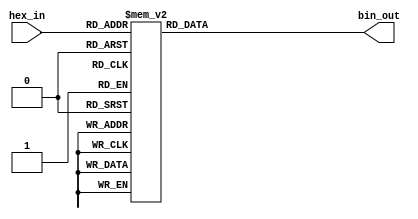
module hex_to_bin_encoder (
    input  wire [3:0] hex_in, // 4-bit input for hexadecimal digit
    output reg  [3:0] bin_out  // 4-bit output for binary equivalent
);

// Combinational logic to convert hex_in to bin_out
always @(*) begin
    case (hex_in)
        4'b0000: bin_out = 4'b0000; // Hex 0  Bin 0
        4'b0001: bin_out = 4'b0001; // Hex 1  Bin 1
        4'b0010: bin_out = 4'b0010; // Hex 2  Bin 2
        4'b0011: bin_out = 4'b0011; // Hex 3  Bin 3
        4'b0100: bin_out = 4'b0100; // Hex 4  Bin 4
        4'b0101: bin_out = 4'b0101; // Hex 5  Bin 5
        4'b0110: bin_out = 4'b0110; // Hex 6  Bin 6
        4'b0111: bin_out = 4'b0111; // Hex 7  Bin 7
        4'b1000: bin_out = 4'b1000; // Hex 8  Bin 8
        4'b1001: bin_out = 4'b1001; // Hex 9  Bin 9
        4'b1010: bin_out = 4'b1010; // Hex A  Bin 10
        4'b1011: bin_out = 4'b1011; // Hex B  Bin 11
        4'b1100: bin_out = 4'b1100; // Hex C  Bin 12
        4'b1101: bin_out = 4'b1101; // Hex D  Bin 13
        4'b1110: bin_out = 4'b1110; // Hex E  Bin 14
        4'b1111: bin_out = 4'b1111; // Hex F  Bin 15
        default: bin_out = 4'b0000; // Invalid input, output 0000
    endcase
end

endmodule